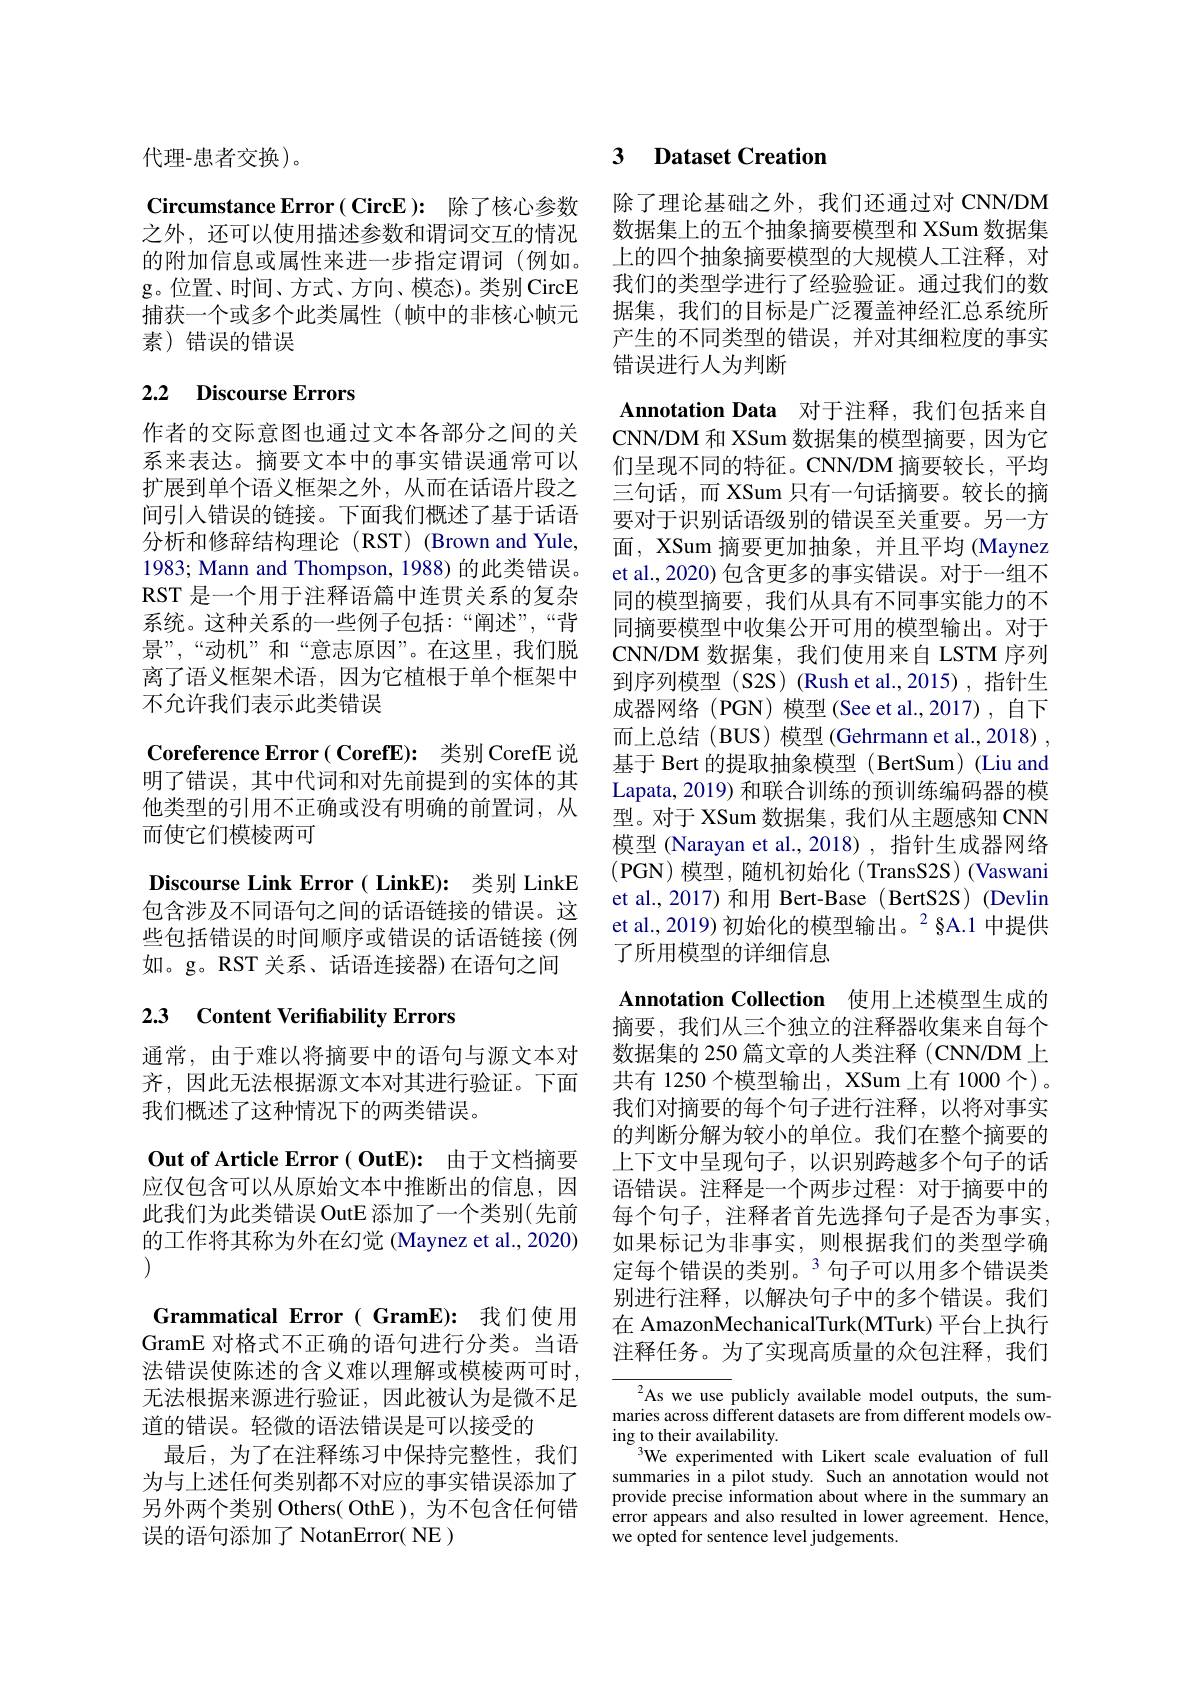
代理-患者交换)。

Circumstance Error( CircE): 除了核心参数 除了理论基础之外，我们还通过对 CNN/DM 之外，还可以使用描述参数和谓词交互的情况 数据集上的五个抽象摘要模型和 XSum 数据集心 , 也 可 以 及 门 面 过 多 双 件 阴 内 人 工 口 门 旧 几 的 附 加 信 息 或 属 性 来 进 一 步 指 定 谓 词 ( 例 如 。上 的 四 个 抽 象 摘 要 模 型 的 大 规 模 人 工 注 释 , 对g。位置、时间、方式、方向、模态)。类别CircE 我们的类型学进行了经验验证。通过我们的数捕获一个或多个此类属性 (帧中的非核心帧元 据集，我们的目标是广泛覆盖神经汇总系统所素) 错误的错误

# 2.2 Discourse Errors

作者的交际意图也通过文本各部分之间的关系来表达。摘要文本中的事实错误通常可以扩展到单个语义框架之外，从而在话语片段之间引入错误的链接。下面我们概述了基于话语分析和修辞结构理论 (RST) (Brown and Yule, 1983; Mann and Thompson, 1988) 的此类错误。RST 是一个用于注释语篇中连贯关系的复杂系统。这种关系的一些例子包括：“阐述”,“背景”,“动机”和“意志原因”。在这里，我们脱离了语义框架术语，因为它植根于单个框架中不允许我们表示此类错误
Coreference Error( CorefE): 类别 CorefE 说明了错误，其中代词和对先前提到的实体的其他类型的引用不正确或没有明确的前置词，从而使它们模棱两可
Discourse Link Error( LinkE): 类别 LinkE 包含涉及不同语句之间的话语链接的错误。这些包括错误的时间顺序或错误的话语链接 (例如。g。RST 关系、话语连接器)在语句之间

# 2.3 Content Verifiability Errors

通常，由于难以将摘要中的语句与源文本对齐，因此无法根据源文本对其进行验证。下面我们概述了这种情况下的两类错误。

Out of Article Error ( OutE): 由于文档摘要应仅包含可以从原始文本中推断出的信息，因此我们为此类错误 OutE 添加了一个类别(先前的工作将其称为外在幻觉 (Maynez et al., 2020) (1)
Grammatical Error( GramE): 我们使用GramE 对格式不正确的语句进行分类。当语法错误使陈述的含义难以理解或模棱两可时， 无法根据来源进行验证，因此被认为是微不足道的错误。轻微的语法错误是可以接受的
最后，为了在注释练习中保持完整性，我们为与上述任何类别都不对应的事实错误添加了另外两个类别 Others( OthE ), 为不包含任何错误的语句添加了 NotanError( NE )

# 3 Dataset Creation

产生的不同类型的错误，并对其细粒度的事实
错误进行人为判断

Annotation Data 对于注释，我们包括来自

CNN/DM 和 XSum 数据集的模型摘要，因为它们呈现不同的特征。CNN/DM 摘要较长，平均三句话，而 XSum 只有一句话摘要。较长的摘要对于识别话语级别的错误至关重要。另一方面，XSum 摘要更加抽象，并且平均 (Maynez) et al., 2020) 包含更多的事实错误。对于一组不同的模型摘要，我们从具有不同事实能力的不同摘要模型中收集公开可用的模型输出。对于CNN/DM 数据集，我们使用来自 LSTM 序列到序列模型 (S2S) (Rush et al.,2015),指针生成器网络(PGN) 模型(See et al.,2017),自下而上总结(BUS)模型(Gehrmann et al.,2018) , 基于 Bert 的提取抽象模型 (BertSum) (Liu and Lapata, 2019) 和联合训练的预训练编码器的模型。对于 XSum 数据集，我们从主题感知 CNN 模型 (Narayan et al.,2018),指针生成器网络(PGN)模型，随机初始化 (TransS2S) (Vaswani et al., 2017) 和用 Bert-Base ( BertS2S) (Devlin et al., 2019) 初始化的模型输出。$^{2}$§A.1 中提供了所用模型的详细信息
Annotation Collection 使用上述模型生成的摘要，我们从三个独立的注释器收集来自每个数据集的 250 篇文章的人类注释 (CNN/DM 上共有 1250 个模型输出，XSum 上有 1000 个)。我们对摘要的每个句子进行注释，以将对事实的判断分解为较小的单位。我们在整个摘要的上下文中呈现句子，以识别跨越多个句子的话语错误。注释是一个两步过程：对于摘要中的每个句子，注释者首先选择句子是否为事实， 如果标记为非事实，则根据我们的类型学确定每个错误的类别。$^{3}$句子可以用多个错误类别进行注释，以解决句子中的多个错误。我们在 AmazonMechanicalTurk(MTurk) 平台上执行注释任务。为了实现高质量的众包注释，我们
$^{2}$As we use publicly available model outputs, the sum-

maries across different datasets are from different models ow-
ing to their availability.
$^{3}$We experimented with Likert scale evaluation of full summaries in a pilot study. Such an annotation would not provide precise information about where in the summary an error appears and also resulted in lower agreement. Hence, we opted for sentence level judgements.